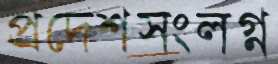
প্রদেশসংলগ্ন